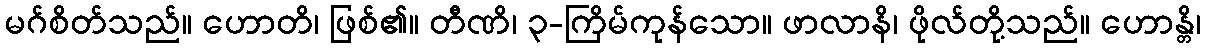
မဂ်စိတ်သည်။ ဟောတိ၊ ဖြစ်၏။ တီဏိ၊ ၃-ကြိမ်ကုန်သော။ ဖာလာနိ၊ ဖိုလ်တို့သည်။ ဟောန္တိ၊